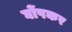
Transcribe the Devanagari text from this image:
घोंपकर